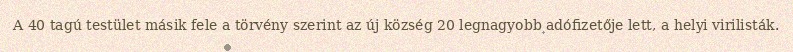
A 40 tagú testület másik fele a törvény szerint az új község 20 legnagyobb adófizetője lett, a helyi virilisták.